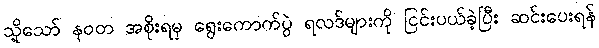
သို့သော် နဝတ အစိုးရမှ ရွေးကောက်ပွဲ ရလဒ်များကို ငြင်းပယ်ခဲ့ပြီး ဆင်းပေးရန်